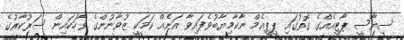
ސިޔާސީ ޕާޓީއެއްގެ ގޮތުގައި ޕީޕީއެމް ނާކާމިޔާބުވެފައިވާ އަނެއް ކަމަކީ ޒުވާނުންގެ ވާހަކައިން ސަރުކާރުގެ